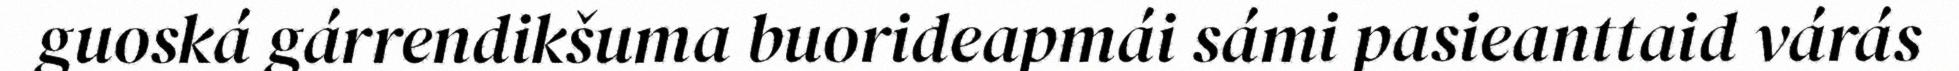
guoská gárrendikšuma buorideapmái sámi pasieanttaid várás